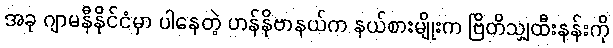
အခု ဂျာမနီနိုင်ငံမှာ ပါနေတဲ့ ဟန်နိုဗာနယ်က နယ်စားမျိုးက ဗြိတိသျှထီးနန်းကို